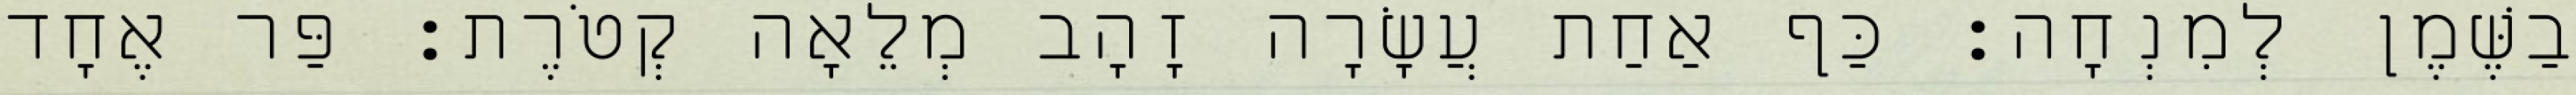
בַשֶּׁמֶן לְמִנְחָה׃ כַּף אַחַת עֲשָׂרָה זָהָב מְלֵאָה קְטֹרֶת׃ פַּר אֶחָד